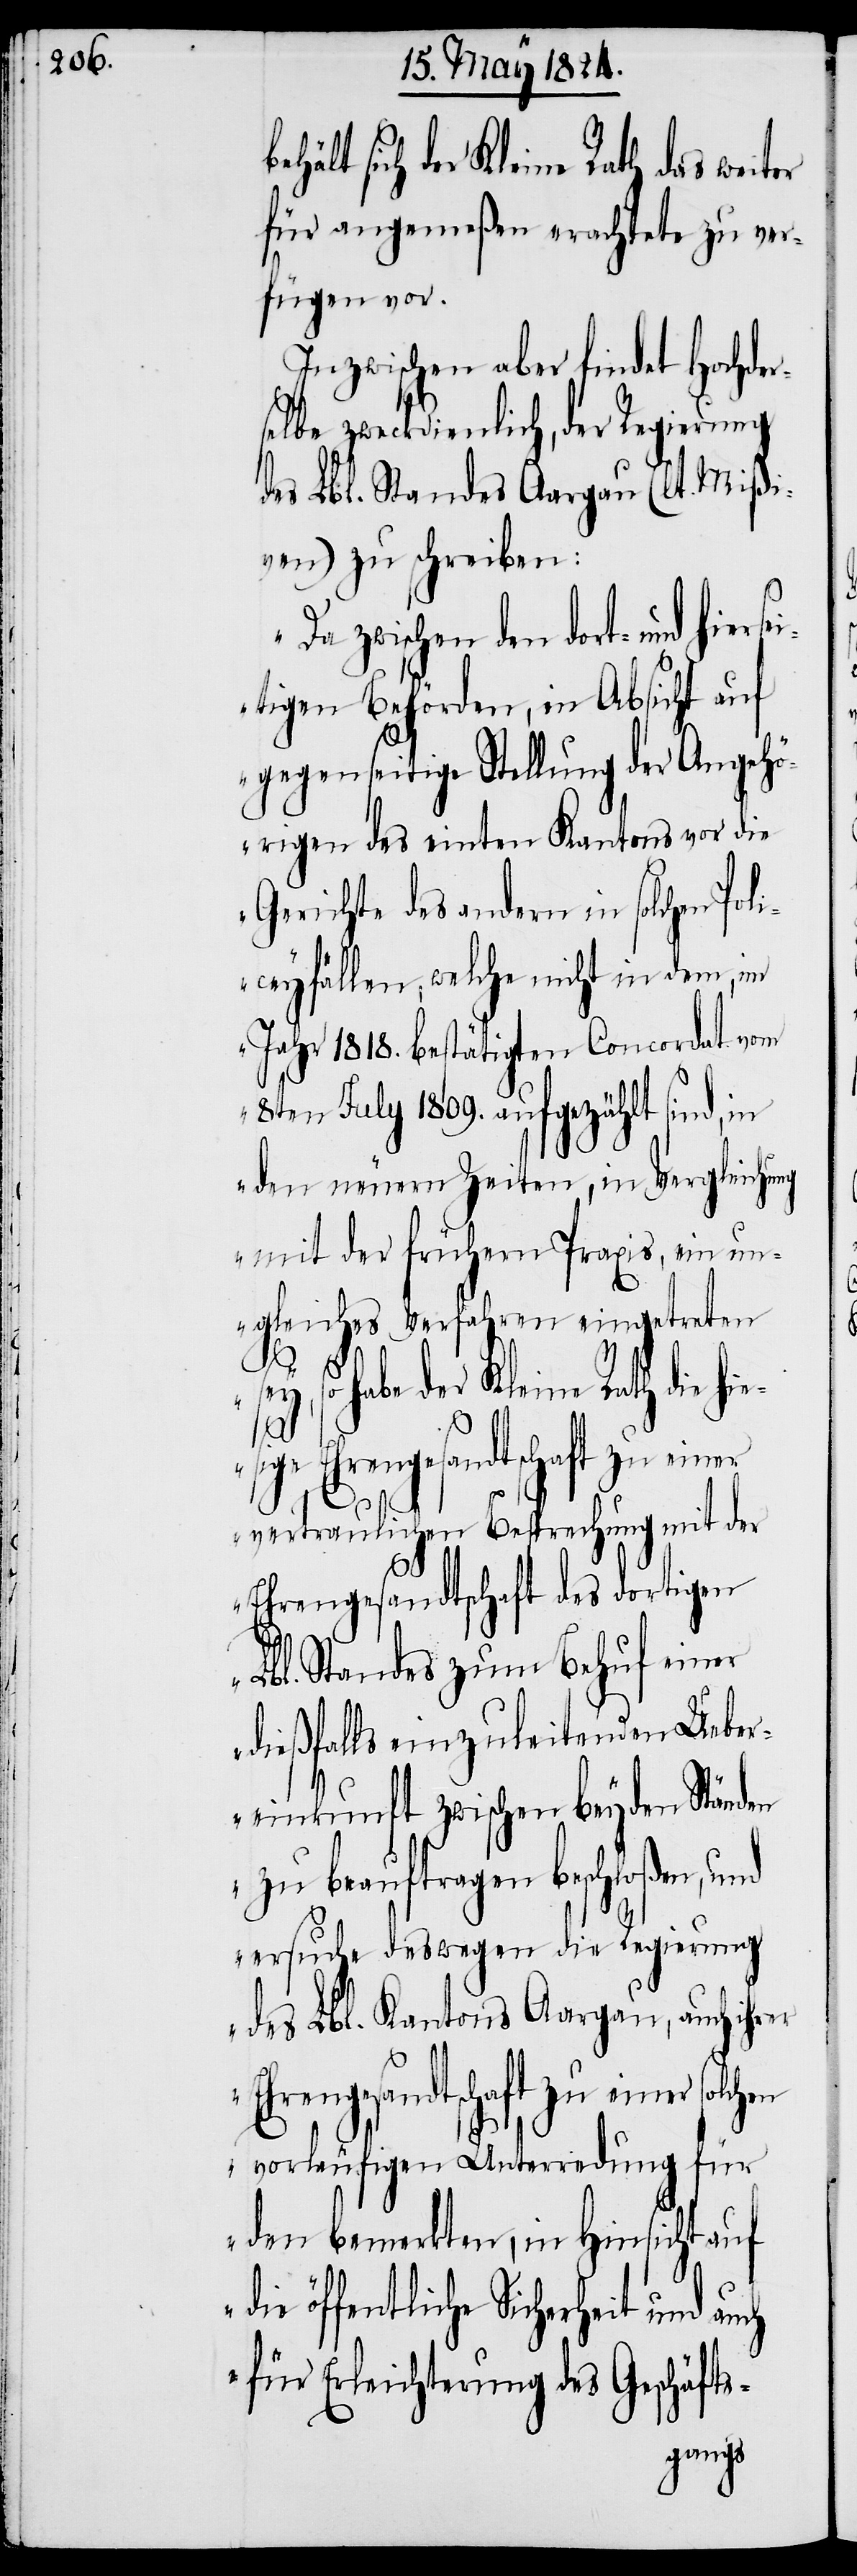
hält sich der Kleine Rath das weiter
für angemeßen erachtete zu ver¬
fügen vor.
Inzwischen aber findet Hochder¬
selbe zweckdienlich, der Regierung
des Lbl. Standes Aargau (lt. Mißi¬
ven) zu schreiben:
Da zwischen dem dort- und hier¬
itigen Behörden, in Absicht auf
gegenseitige Stellung der Angehö¬
rigen des einten Kantons vor die
Gerichte des andern in solchen Poli¬
ceyfällen, welche nicht in dem, im
Jahr 1818. bestätigten Concordat vom
8ten July 1809. aufgezählt sind, in
den neuern Zeiten, in Vergleichung
mit der frühern Praxis, ein un¬
gleiches Verfahren eingetreten
be¬
sey, so habe der Kleine Rath die hie¬
sige
vertraulichen Besprechung mit der
Ehrengesandtschaft des dortigen
Lbl. Standes zum Behuf einer
dießfalls einzuleitenden Ueber¬
einkunft zwischen beyden Ständen
zu beauftragen beschloßen, und
ersuche deswegen die Regierung
des Lbl. Kantons Aargau, auch ihrer
Ehrengesandtschaft zu einer
vorläufigen Unterredung für
den bemerkten, in Hinsicht auf
die öffentliche Sicherheit und auch
für Erleichterung des Geschäfts-